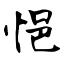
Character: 悒